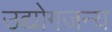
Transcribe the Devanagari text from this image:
उद्योगजन्य